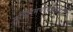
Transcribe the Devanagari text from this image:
मुस्लिमपोषकनीति